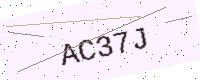
Text: AC37J